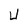
Character: U